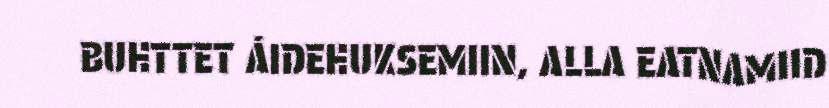
BUHTTET ÁIDEHUKSEMIIN, ALLA EATNAMIID